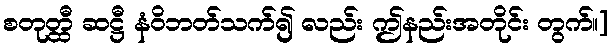
စတုတ္ထီ ဆဋ္ဌီ နံဝိဘတ်သက်၍ လည်း ဤနည်းအတိုင်း တွက်။]